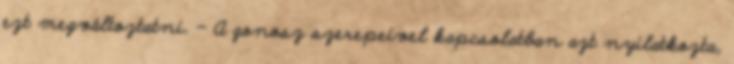
ezt megváltoztatni. – A gonosz szerepeivel kapcsolatban azt nyilatkozta,